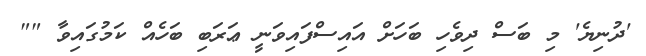
'ދުނިޔެ' މި ބަސް ދިވެހި ބަހަށް އައިސްފައިވަނީ ޢަރަބި ބަހެއް ކަމުގައިވާ ""